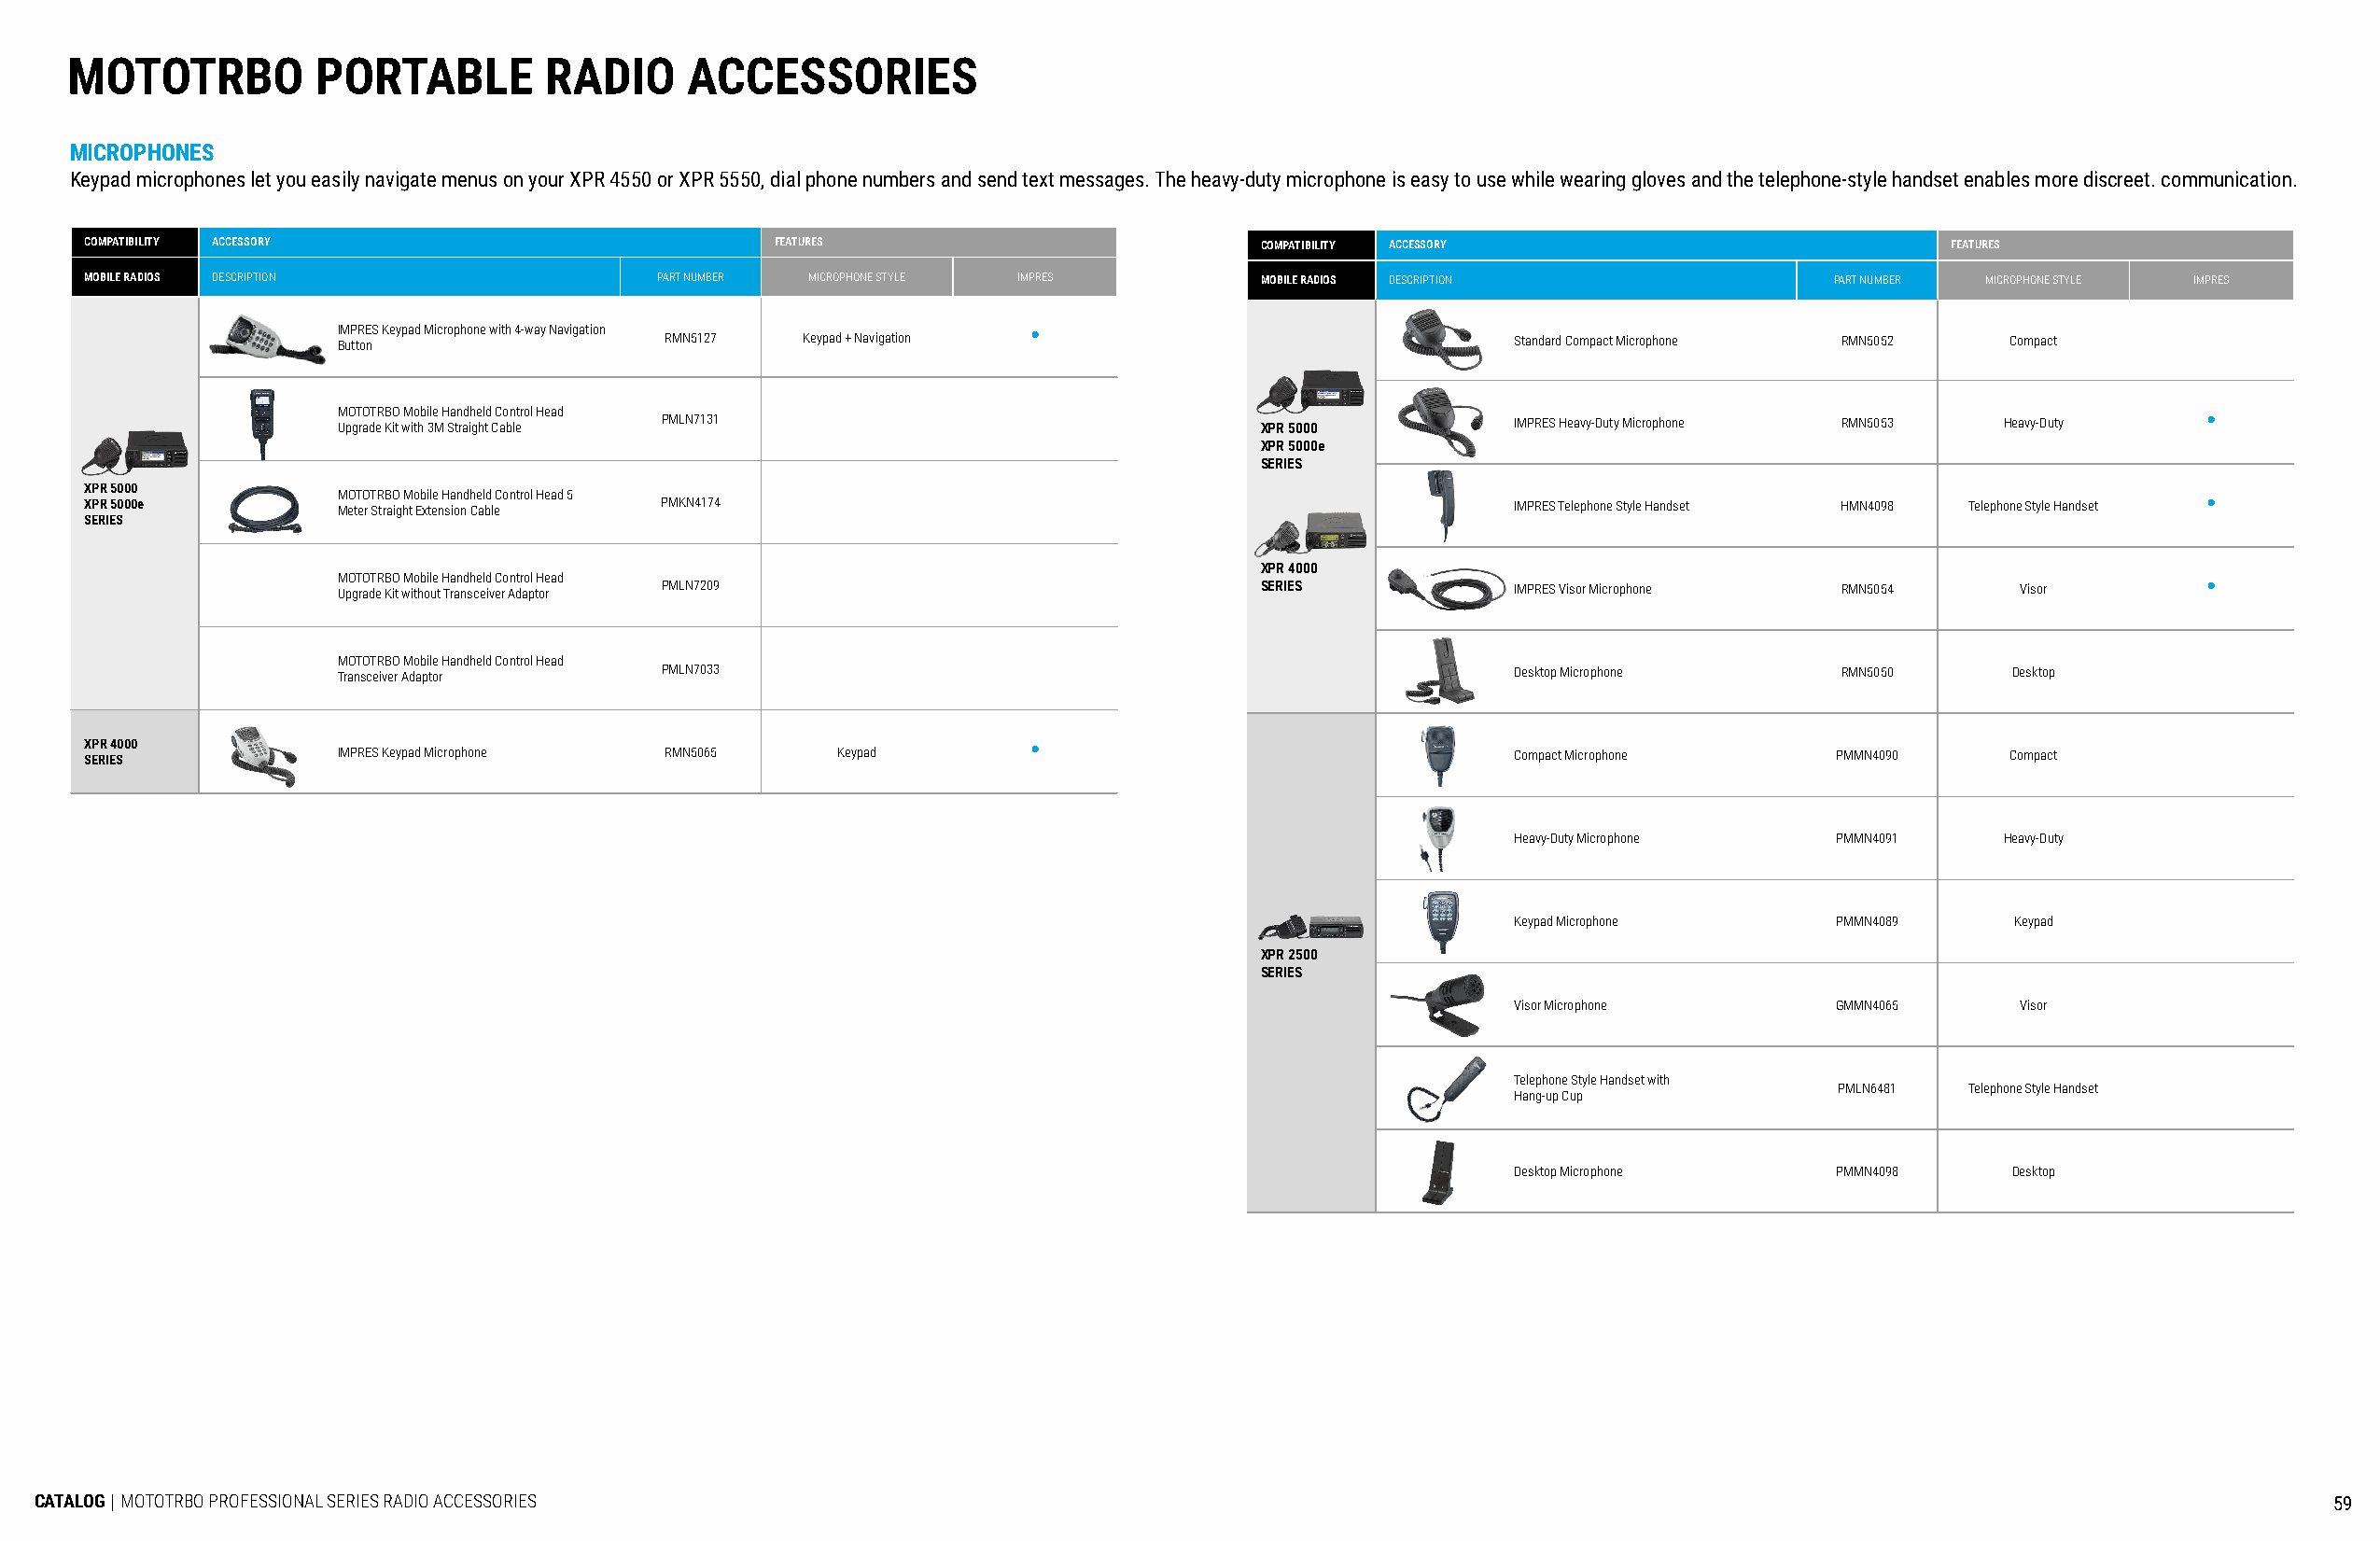
MOTOTRBO         PORTABLE         RADIO     ACCESSORIES
 MICROPHONES
 Keypad microphones let you easily navigate menus on your XPR 4550 or XPR 5550, dial phone numbers and send text messages. The heavy-duty microphone is easy to use while wearing gloves and the telephone-style handset enables more discreet. communication.
 COMPATIBILITY ACCESSORY                          FEATURES                          COMPATIBILITY ACCESSORY                          FEATURES
 MOBILE RADIOS DESCRIPTION                PART NUMBER MICROPHONE STYLE IMPRES       MOBILE RADIOS DESCRIPTION                PART NUMBER MICROPHONE STYLE IMPRES
 IMPRES Keypad Microphone with 4-way Navigation   •
 Button                 RMN5127   Keypad + Navigation                               Standard Compact Microphone RMN5052 Compact
 MOTOTRBO Mobile Handheld Control Head                                                                                                •
 Upgrade Kit with 3M Straight Cable PMLN7131                      XPR 5000          IMPRES Heavy-Duty Microphone RMN5053 Heavy-Duty
 XPR 5000e
 SERIES
 XPR 5000
 MOTOTRBO Mobile Handheld Control Head 5                                                                                              •
 XPR 5000e         Meter Straight Extension Cable PMKN4174                                            IMPRES Telephone Style Handset HMN4098 Telephone Style Handset
 SERIES
 XPR 4000
 M UpO gT raO dT eR KBO it wM io thb oil ue t H Ta ran nd sh ce eld iv eC ro An dtr ao pl tH oe rad PMLN7209 SERIES IMPRES Visor Microphone RMN5054 Visor •
 MOTOTRBO Mobile Handheld Control Head
 Transceiver Adaptor    PMLN7033                                                    Desktop Microphone      RMN5050     Desktop
 XPR 4000                                                           •
 SERIES            IMPRES Keypad Microphone RMN5065   Keypad                                          Compact Microphone     PMMN4090     Compact
 Heavy-Duty Microphone  PMMN4091    Heavy-Duty
 Keypad Microphone      PMMN4089     Keypad
 XPR 2500
 SERIES
 Visor Microphone       GMMN4065     Visor
 Telephone Style Handset with
 PMLN6481  Telephone Style Handset
 Hang-up Cup
 Desktop Microphone     PMMN4098     Desktop
 CATALOG | MOTOTRBO PROFESSIONAL SERIES RADIO ACCESSORIES                                                                                                            59